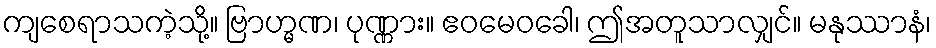
ကျစေရာသကဲ့သို့။ ဗြာဟ္မဏ၊ ပုဏ္ဏား။ ဧဝမေဝခေါ၊ ဤအတူသာလျှင်။ မနုဿာနံ၊